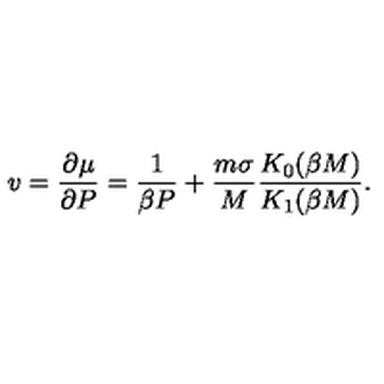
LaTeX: v = \frac { \partial \mu } { \partial P } = \frac { 1 } { \beta P } + \frac { m \sigma } { M } \frac { K _ { 0 } ( \beta M ) } { K _ { 1 } ( \beta M ) } .